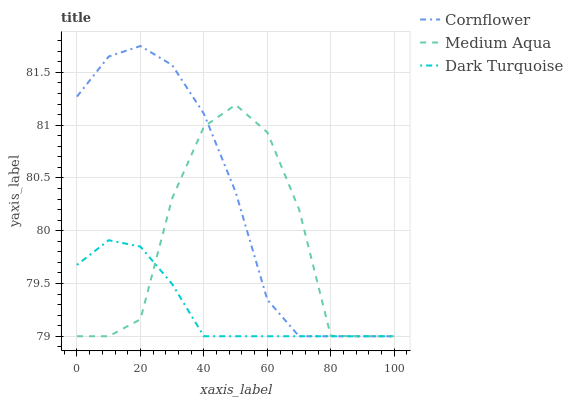
| xaxis_label | Cornflower | Medium Aqua | Dark Turquoise |
 | --- | --- | --- | --- |
 | 0 | 81.3 | 79 | 79.7 |
 | 10 | 81.7 | 79 | 79.9 |
 | 20 | 81.7 | 79.2 | 79.8 |
 | 30 | 81.6 | 80.3 | 79.5 |
 | 40 | 81.1 | 81 | 79 |
 | 50 | 80.4 | 81.2 | 79 |
 | 60 | 79.3 | 80.9 | 79 |
 | 70 | 79 | 80.2 | 79 |
 | 80 | 79 | 79 | 79 |
 | 90 | 79 | 79 | 79 |
 | 100 | 79 | 79 | 79 |